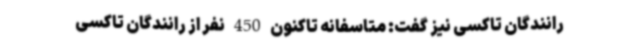
رانندگان تاکسی نیز گفت: متاسفانه تاکنون 450 نفر از رانندگان تاکسی